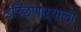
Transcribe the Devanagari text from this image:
इच्छिणाऱ्याला